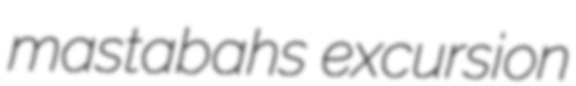
mastabahs excursion